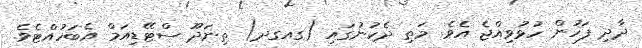
ދާދި ފަހުން ހުޅުވިއްޖެ އެވެ. މަތި ދެކުނުގައި (ގއގދ) ތިނަދޫ ސްޓޭޑިއަމް އެބަހުއްޓެވެ.